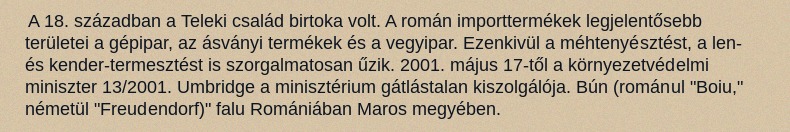
A 18. században a Teleki család birtoka volt. A román importtermékek legjelentősebb területei a gépipar, az ásványi termékek és a vegyipar. Ezenkivül a méhtenyésztést, a len- és kender-termesztést is szorgalmatosan űzik. 2001. május 17-től a környezetvédelmi miniszter 13/2001. Umbridge a minisztérium gátlástalan kiszolgálója. Bún (románul "Boiu," németül "Freudendorf)" falu Romániában Maros megyében.